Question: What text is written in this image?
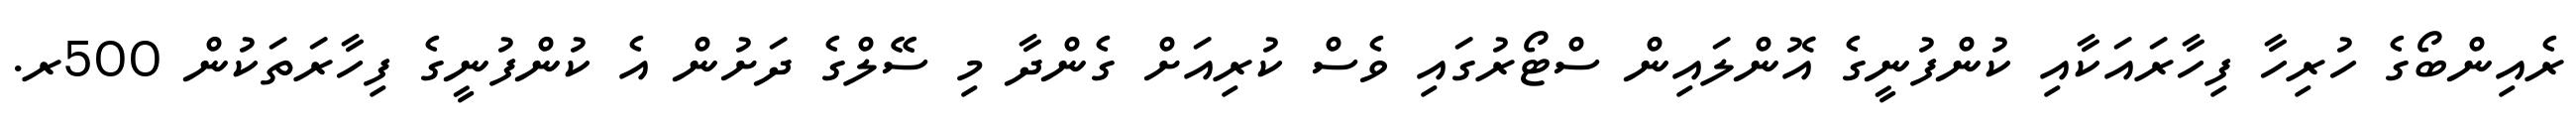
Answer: ރެއިންބޯގެ ހުރިހާ ފިހާރައަކާއި ކުންފުނީގެ އޮންލައިން ސްޓޯރުގައި ވެސް ކުރިއަށް ގެންދާ މި ސޭލްގެ ދަށުން އެ ކުންފުނީގެ ފިހާރަތަކުން 500ރ.